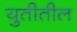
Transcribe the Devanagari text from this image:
युतीतील